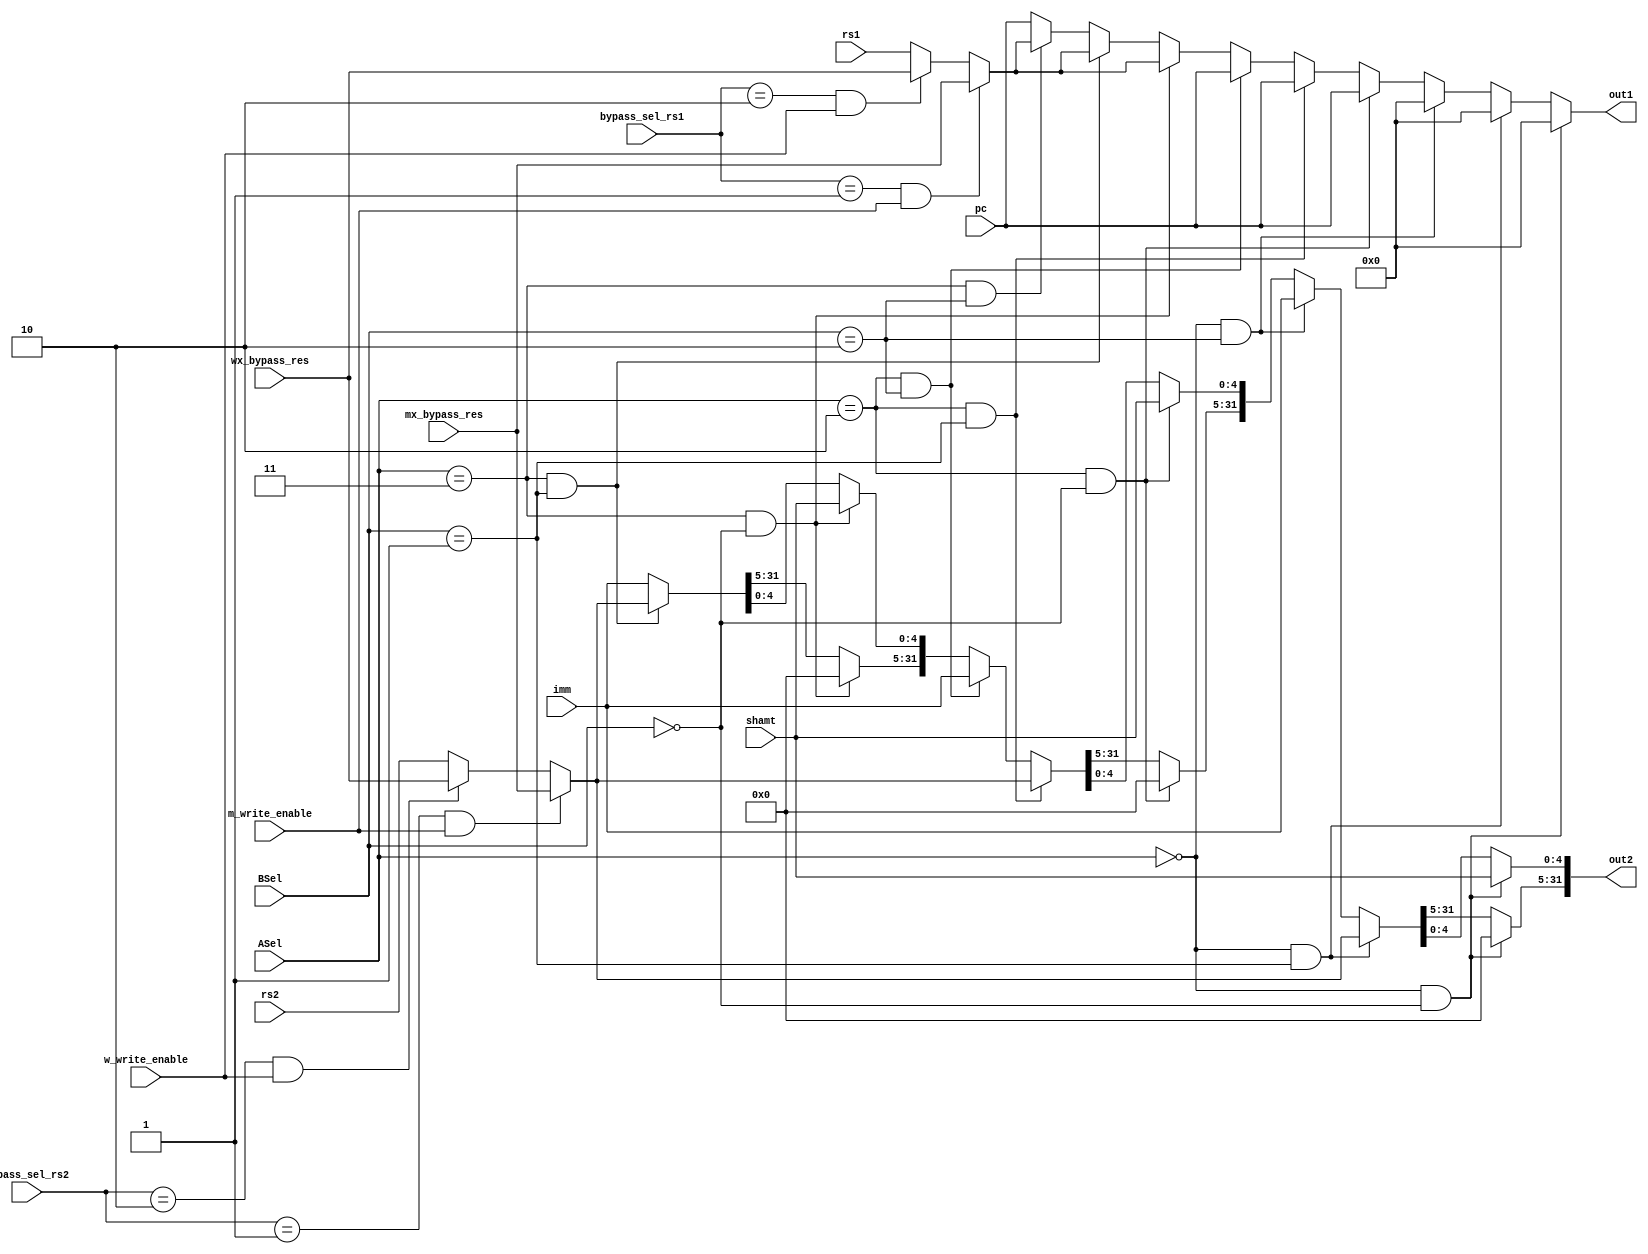
/*
ASel:
10 = pc
11 = rs1
00 = 0
*/

/* 
BSel:
00 = shamt 
01 = rs2
10 = imm
*/

/**
bypass 
  00
  001 mx rs1
  010 mx rs2
  011 wx rs1
  100 wx rs2
**/

module mux_to_alu (
    input wire [1:0] ASel,
    input wire [1:0] BSel,
    input wire [31:0] rs1,
    input wire [31:0] rs2,
    input wire [1:0] bypass_sel_rs1,
    input wire [1:0] bypass_sel_rs2,
    input wire [31:0] mx_bypass_res,
    input wire [31:0] wx_bypass_res,
    input wire m_write_enable,
    input wire w_write_enable,
    input wire [31:0] imm,
    input wire [31:0] pc,
    input wire [4:0] shamt,
    output reg [31:0] out1,
    output reg [31:0] out2
);

always @(*) 
begin
    if (ASel == 2'b00 && BSel == 2'b00) 
    begin
        out1 = 0;
        out2[4:0] = shamt;  
        out2[31:5] = 0;  
    end

    else if (ASel == 2'b00 && BSel == 2'b01)    
    begin
        out1 = 0;
        if (bypass_sel_rs2 == 2'b01 && m_write_enable)
            out2 = mx_bypass_res;
        else if (bypass_sel_rs2 == 2'b10 && w_write_enable)
            out2 = wx_bypass_res;
        else 
            out2 = rs2;
    end

    else if (ASel == 2'b00 && BSel == 2'b10) 
    begin
        out1 = 0;
        out2 = imm;
    end

    else if (ASel == 2'b10 && BSel == 2'b00) 
    begin
        out1 = pc;
        out2[4:0] = shamt;  
        out2[31:5] = 0;
    end

    else if (ASel == 2'b10 && BSel == 2'b01)        
    begin
        out1 = pc;
        if (bypass_sel_rs2 == 2'b01 && m_write_enable) 
            out2 = mx_bypass_res;
        else if (bypass_sel_rs2 == 2'b10 && w_write_enable)
            out2 = wx_bypass_res;
        else
            out2 = rs2;
    end

    else if (ASel == 2'b10 && BSel == 2'b10)        
    begin
        out1 = pc;
        out2 = imm;
    end

    else if (ASel == 2'b11 && BSel == 2'b00)        
    begin
        if (bypass_sel_rs1 == 2'b01 && m_write_enable)
            out1 = mx_bypass_res;
        else if (bypass_sel_rs1 == 2'b10 && w_write_enable)
            out1 = wx_bypass_res;
        else 
            out1 = rs1;
        out2[4:0] = shamt;  
        out2[31:5] = 0;
    end
    else if (ASel == 2'b11 && BSel == 2'b01)        
    begin
        if (bypass_sel_rs1 == 2'b01 && m_write_enable)
            out1 = mx_bypass_res;
        else if (bypass_sel_rs1 == 2'b10 && w_write_enable)
            out1 = wx_bypass_res;
        else 
            out1 = rs1;

        if (bypass_sel_rs2 == 2'b01 && m_write_enable) 
            out2 = mx_bypass_res;
        else if (bypass_sel_rs2 == 2'b10 && w_write_enable)
            out2 = wx_bypass_res;
        else
            out2 = rs2;
    end

    else if (ASel == 2'b11 && BSel == 2'b10)        
    begin
        if (bypass_sel_rs1 == 2'b01 && m_write_enable)
            out1 = mx_bypass_res;
        else if (bypass_sel_rs1 == 2'b10 && w_write_enable)
            out1 = wx_bypass_res;
        else 
            out1 = rs1;

        out2 = imm;
    end
    else begin
        out1 = pc;
        out2 = imm;
    end

end

endmodule